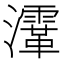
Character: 𤃸